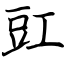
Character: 豇